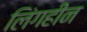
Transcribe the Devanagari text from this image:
लिंगहीन